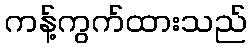
ကန့်ကွက်ထားသည်